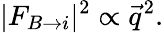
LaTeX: |F_{B\rightarrow i}|^{2}\propto{\vec{q}}^{2}.